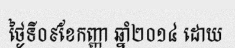
ថ្ងៃទី០៩ខែកញ្ញា ឆ្នាំ២០១៤ ដោយ